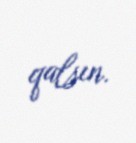
qalsın.